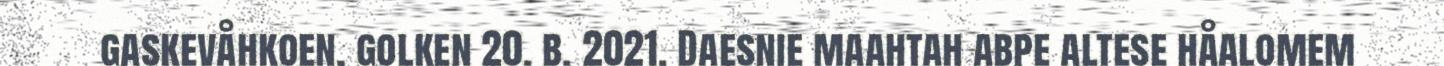
gaskevåhkoen, golken 20. b. 2021. Daesnie maahtah abpe altese håalomem